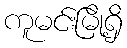
ကူမင်းမြို့ရှိ